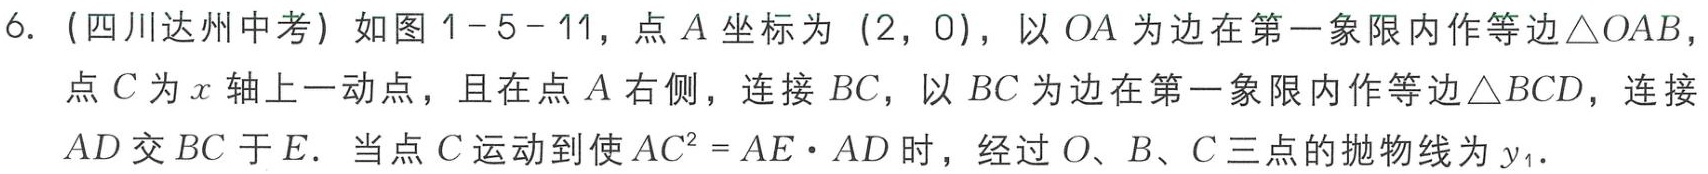
6.（四川达州中考）如图1 - 5 - 11，点\(A\)坐标为\((2,0)\)，以\(OA\)为边在第一象限内作等边\(\triangle OAB\)，点\(C\)为\(x\)轴上一动点，且在点\(A\)右侧，连接\(BC\)，以\(BC\)为边在第一象限内作等边\(\triangle BCD\)，连接\(AD\)交\(BC\)于\(E\)．当点\(C\)运动到使\(AC^{2}=AE\cdot AD\)时，经过\(O\)、\(B\)、\(C\)三点的抛物线为\(y_{1}\)．